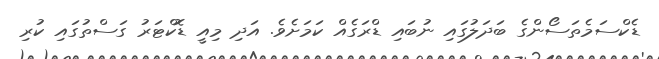
ޑެކްސަމެތަސޯންގެ ބަދަލުގައި ނުބައި ޑްރަގެއް ކަމަށެވެ. އަދި މިއީ ޑޮކްޓަރު ގަސްތުގައި ކުރި